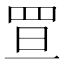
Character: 𦊥